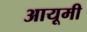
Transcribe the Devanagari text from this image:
आयूमी